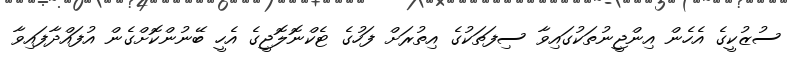
ސުޒުކީގެ އެހެން އިންޖީނުތަކުގައިވާ ސިފަތަކުގެ އިތުރަށް ފަހުގެ ޓެކްނޮލޮޖީގެ އެހީ ބޭނުންކޮށްގެން އުފައްދާފައިވާ